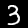
Digit: 3